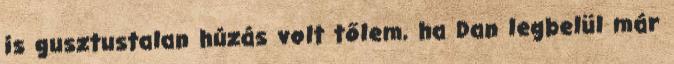
is gusztustalan húzás volt tőlem, ha Dan legbelül már